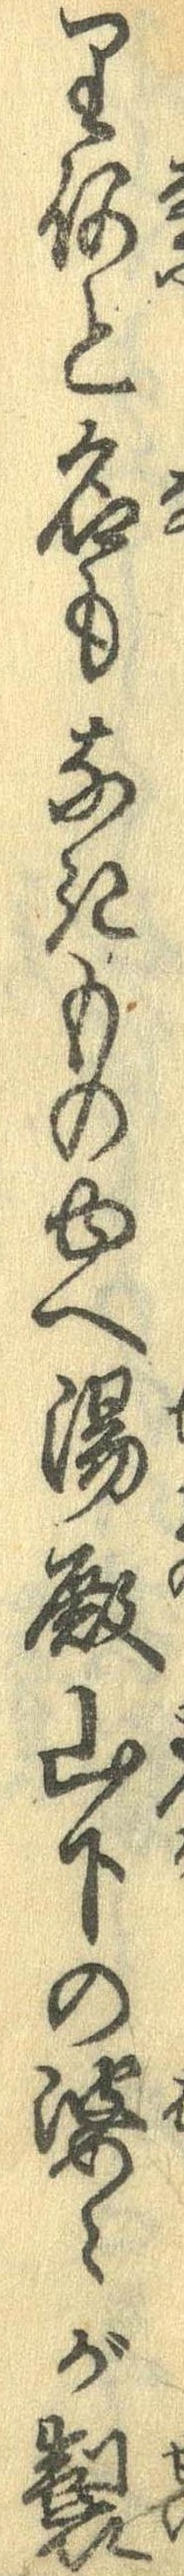
り何と名もなきものゆへ湯殿山下の婆々が製